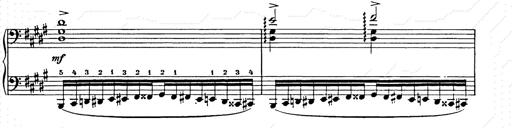
Title: Ballade No.2
Composer: Jan Skrzydlewski
Key: B minor